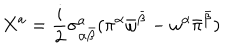
X ^ { a } = \frac { i } { 2 } \sigma _ { \alpha { \bar { \beta } } } ^ { a } ( \pi ^ { \alpha } { \bar { \omega } } ^ { \bar { \beta } } - \omega ^ { \alpha } { \bar { \pi } } ^ { \bar { \beta } } )